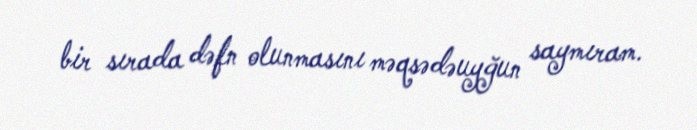
bir sırada dəfn olunmasını məqsədəuyğun saymıram.